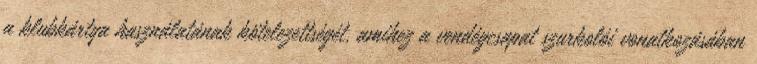
a klubkártya használatának kötelezettségét, amihez a vendégcsapat szurkolói vonatkozásában